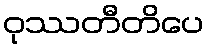
ဝုဿတီတိပေ